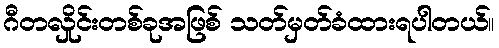
ဂီတလှိုင်းတစ်ခုအဖြစ် သတ်မှတ်ခံထားရပါတယ်။